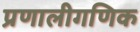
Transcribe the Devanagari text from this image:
प्रणालीगणिक